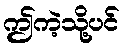
ဤကဲ့သို့ပင်